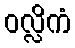
ဝလ္လိကံ